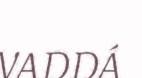
VADDÁ